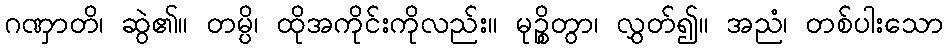
ဂဏှာတိ၊ ဆွဲ၏။ တမ္ပိ၊ ထိုအကိုင်းကိုလည်း။ မုဉ္စိတွာ၊ လွှတ်၍။ အညံ၊ တစ်ပါးသော